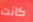
كانت